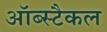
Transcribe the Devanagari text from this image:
ऑब्स्टैकल